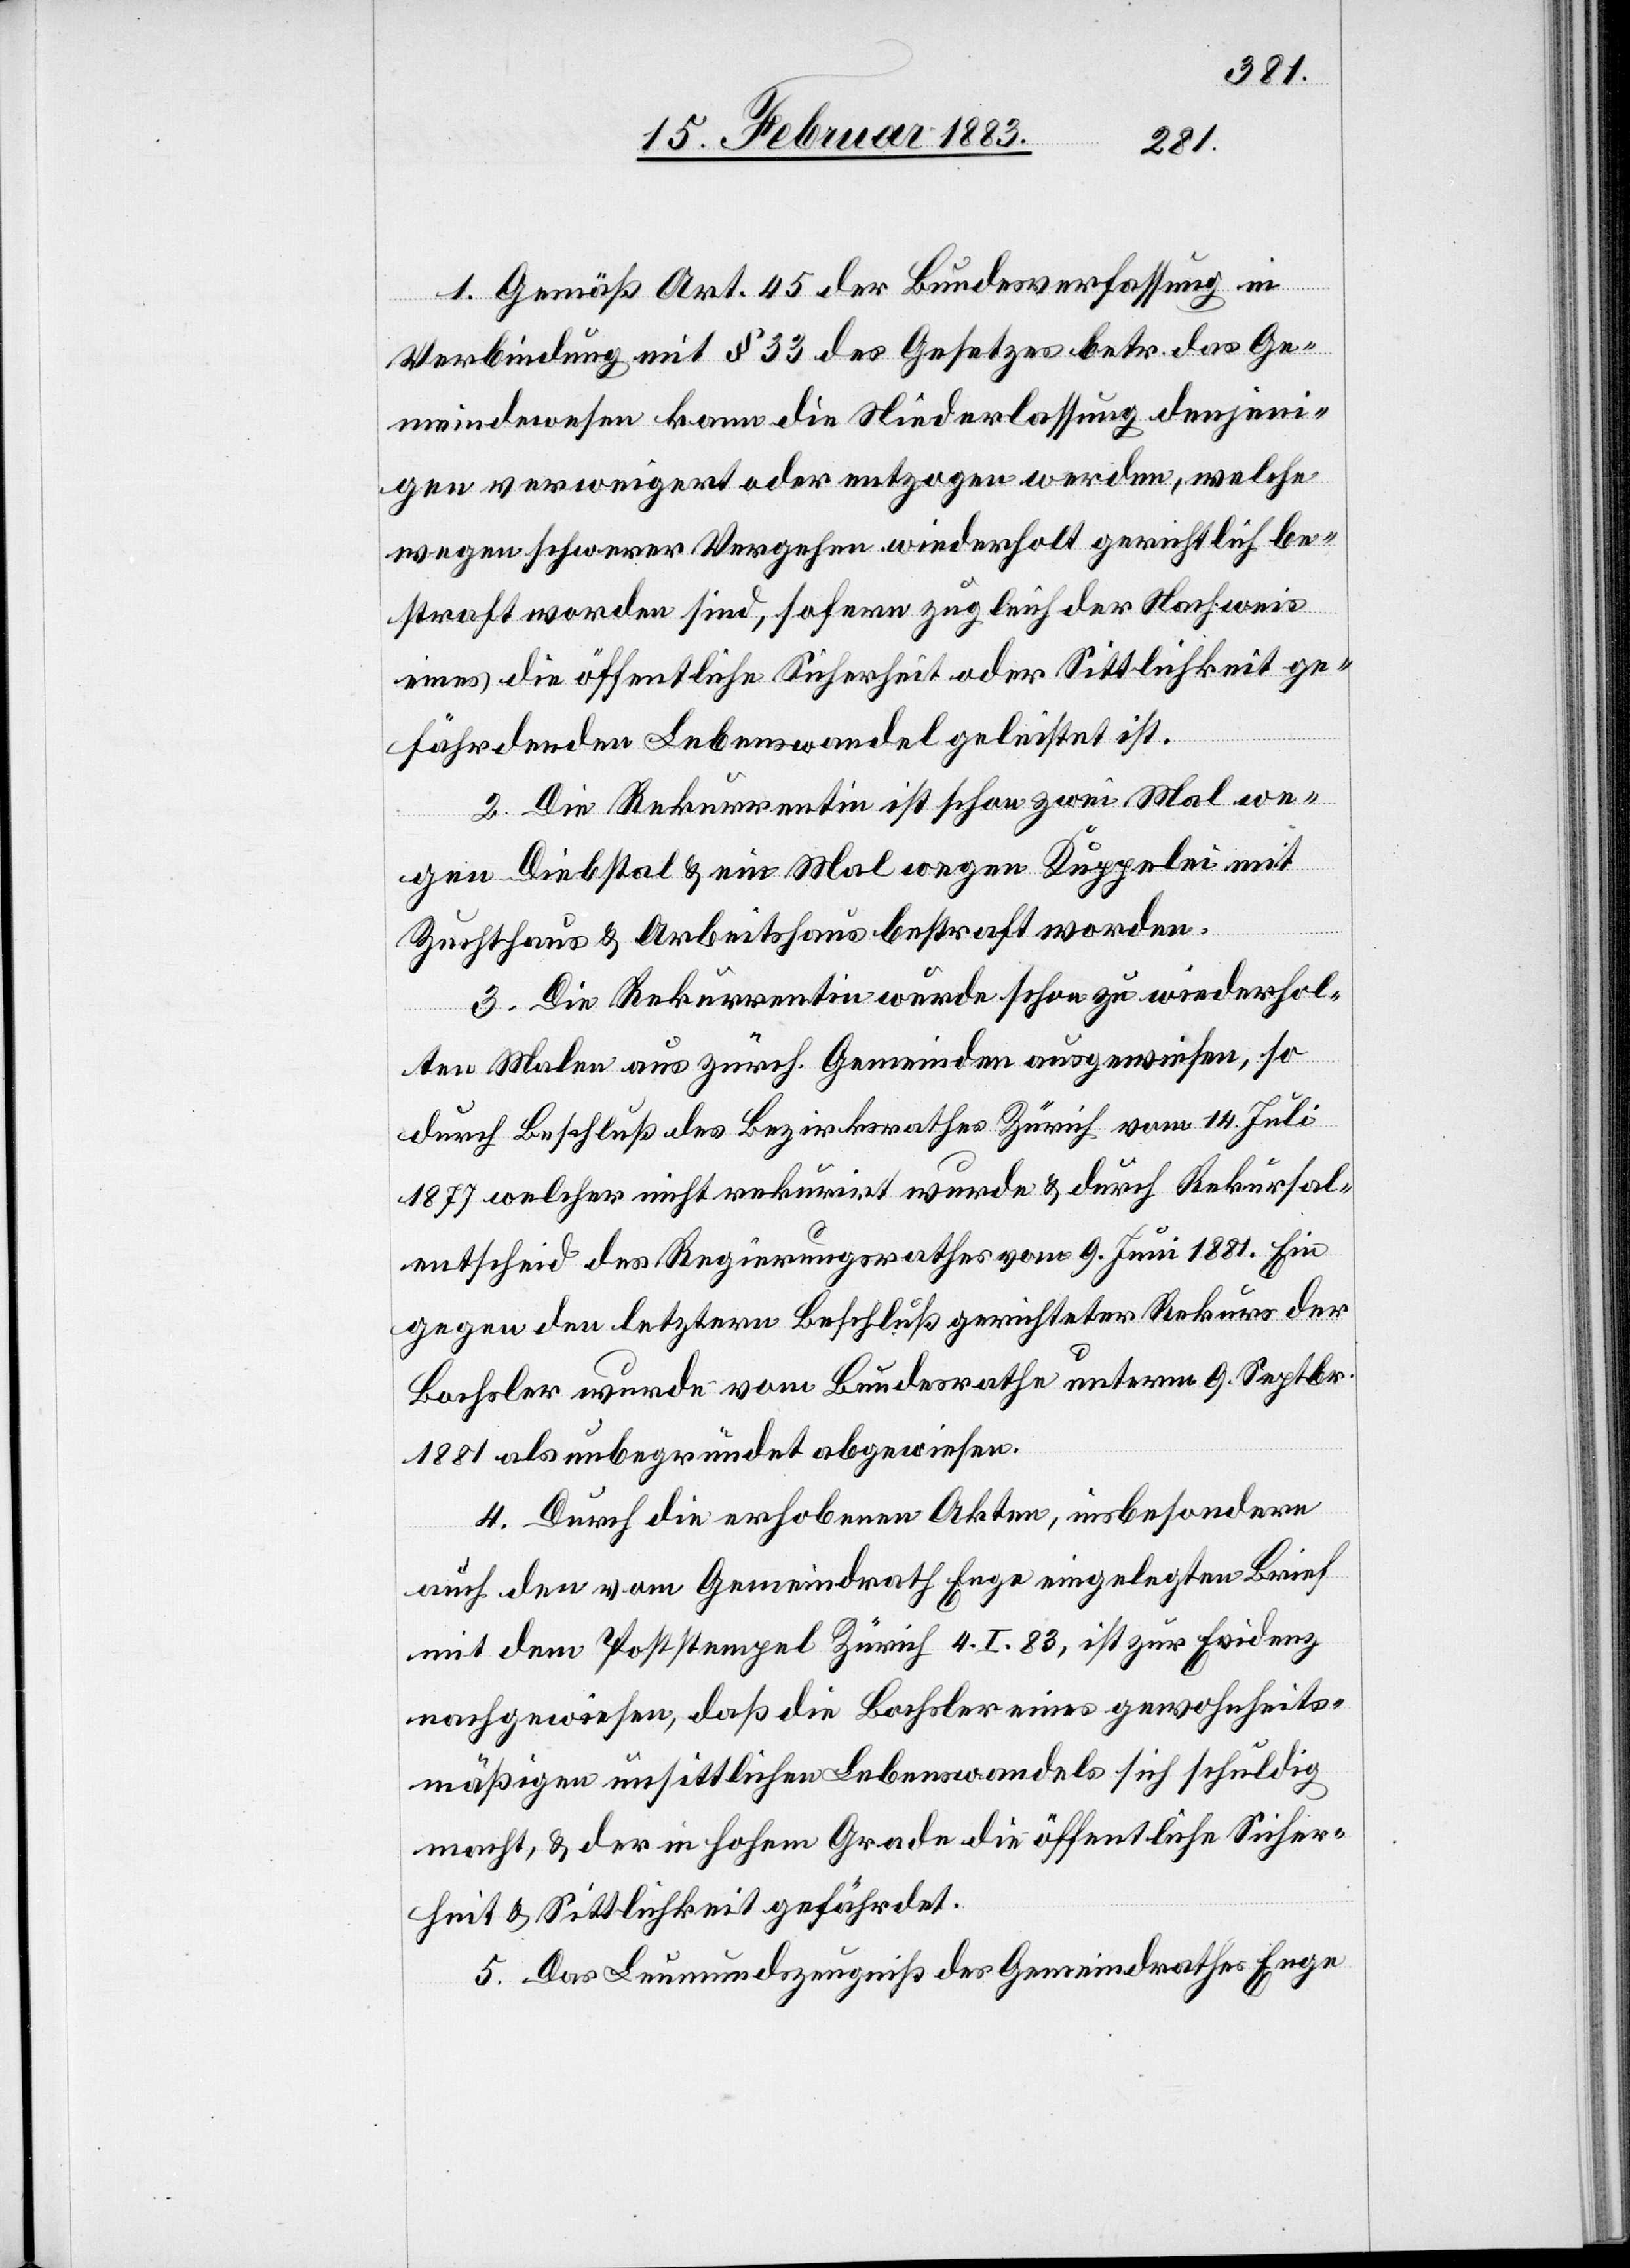
1. Gemäß Art. 45 der Bundesverfassung in
Verbindung mit § 33 des Gesetzes betr. das Ge¬
meindewesen kann die Niederlassung denjeni¬
gen verweigert oder entzogen werden, welche
wegen schwerer Vergehen wiederholt gerichtlich be¬
straft worden sind, sofern zugleich der Nachweis
eines die öffentliche Sicherheit oder Sittlichkeit ge¬
fährdenden Lebenswandel[s] geleistet ist.
2. Die Rekurrentin ist schon zwei Mal we¬
gen Diebstal & ein Mal wegen Kuppelei mit
Zuchthaus & Arbeitshaus bestraft worden.
3. Die Rekurrentin wurde schon zu wiederhol¬
ten Malen aus zürch. Gemeinden ausgewiesen, so
durch Beschluß des Bezirksrathes Zürich vom 14. Juli
1877 welcher nicht rekurirt [sic!] wurde & durch Rekursal¬
entscheid des Regierungsrathes vom 9. Juni 1881. Ein
gegen den letztern Beschluß gerichteter Rekurs der
Bochsler wurde vom Bundesrathe unterm 9. Septbr.
1881 als unbegründet abgewiesen.
4. Durch die erhobenen Akten, insbesondere
auch den vom Gemeindrath Enge eingelegten Brief
mit dem Poststempel Zürich 4. I. 83, ist zur Evidenz
nachgewiesen, daß die Bochsler eines gewohnheits¬
mäßigen unsittlichen Lebenswandels sich schuldig
macht, & der in hohem Grade die öffentliche Sicher¬
heit & Sittlichkeit gefährdet.
5. Das Leumundszeugniß des Gemeindrathes Enge